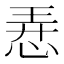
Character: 𢚸